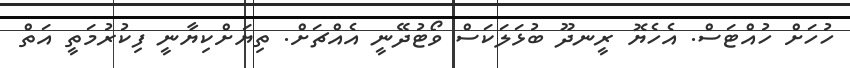
ހުހަށް ހުއްޓަސް. އެހެޔޮ ރީނދޫ ބުޅަލަކަސް ވޯޓުދޭނީ އެއްޗަށް. ތިޔަށްކިޔާނީ ފިކުރުމަތީ އަތް